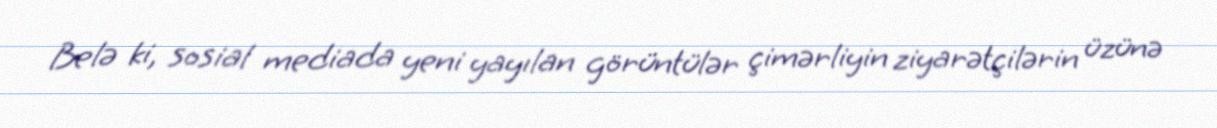
Belə ki, sosial mediada yeni yayılan görüntülər çimərliyin ziyarətçilərin üzünə